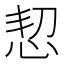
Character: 恝